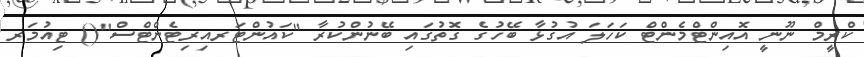
ކްރީމް ނޫނީ އޮއިންޓްމެންޓް ކަހަލަ އުގުޅާ ބޭހުގެ ގޮތުގައި ބޭނުންކުރާ "ކައުންޓަރއިރިޓެންޓްސް"() ޓިއުމަރ